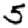
Digit: 5